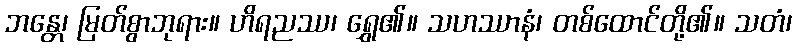
ဘန္တေ၊ မြတ်စွာဘုရား။ ဟိရညဿ၊ ရွှေ၏။ သဟဿာနံ၊ တစ်ထောင်တို့၏။ သတံ၊